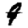
Digit: 9